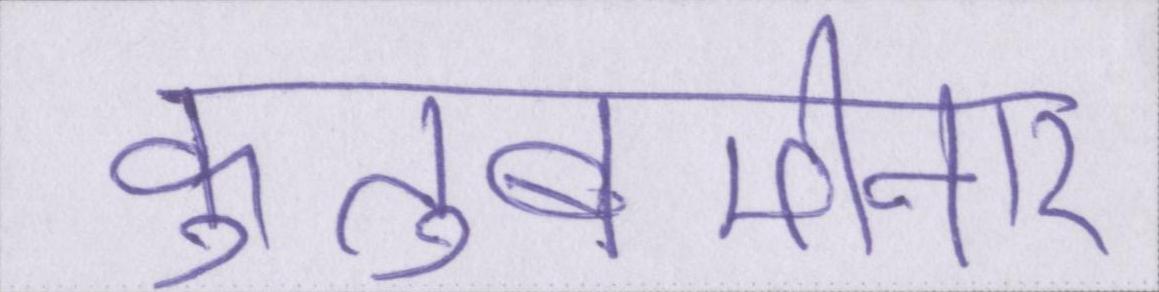
कुतुबमीनार